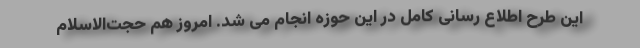
این طرح اطلاع رسانی کامل در این حوزه انجام می شد. امروز هم حجت‌الاسلام